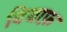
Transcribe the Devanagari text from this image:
विद्याफ़